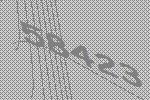
58423